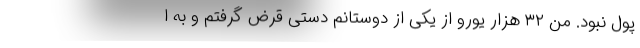
پول نبود. من ۳۲ هزار یورو از یکی از دوستانم دستی قرض گرفتم و به ا